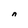
Character: n